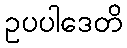
ဥပပါဒေတိ